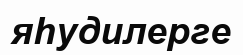
яһудилерге